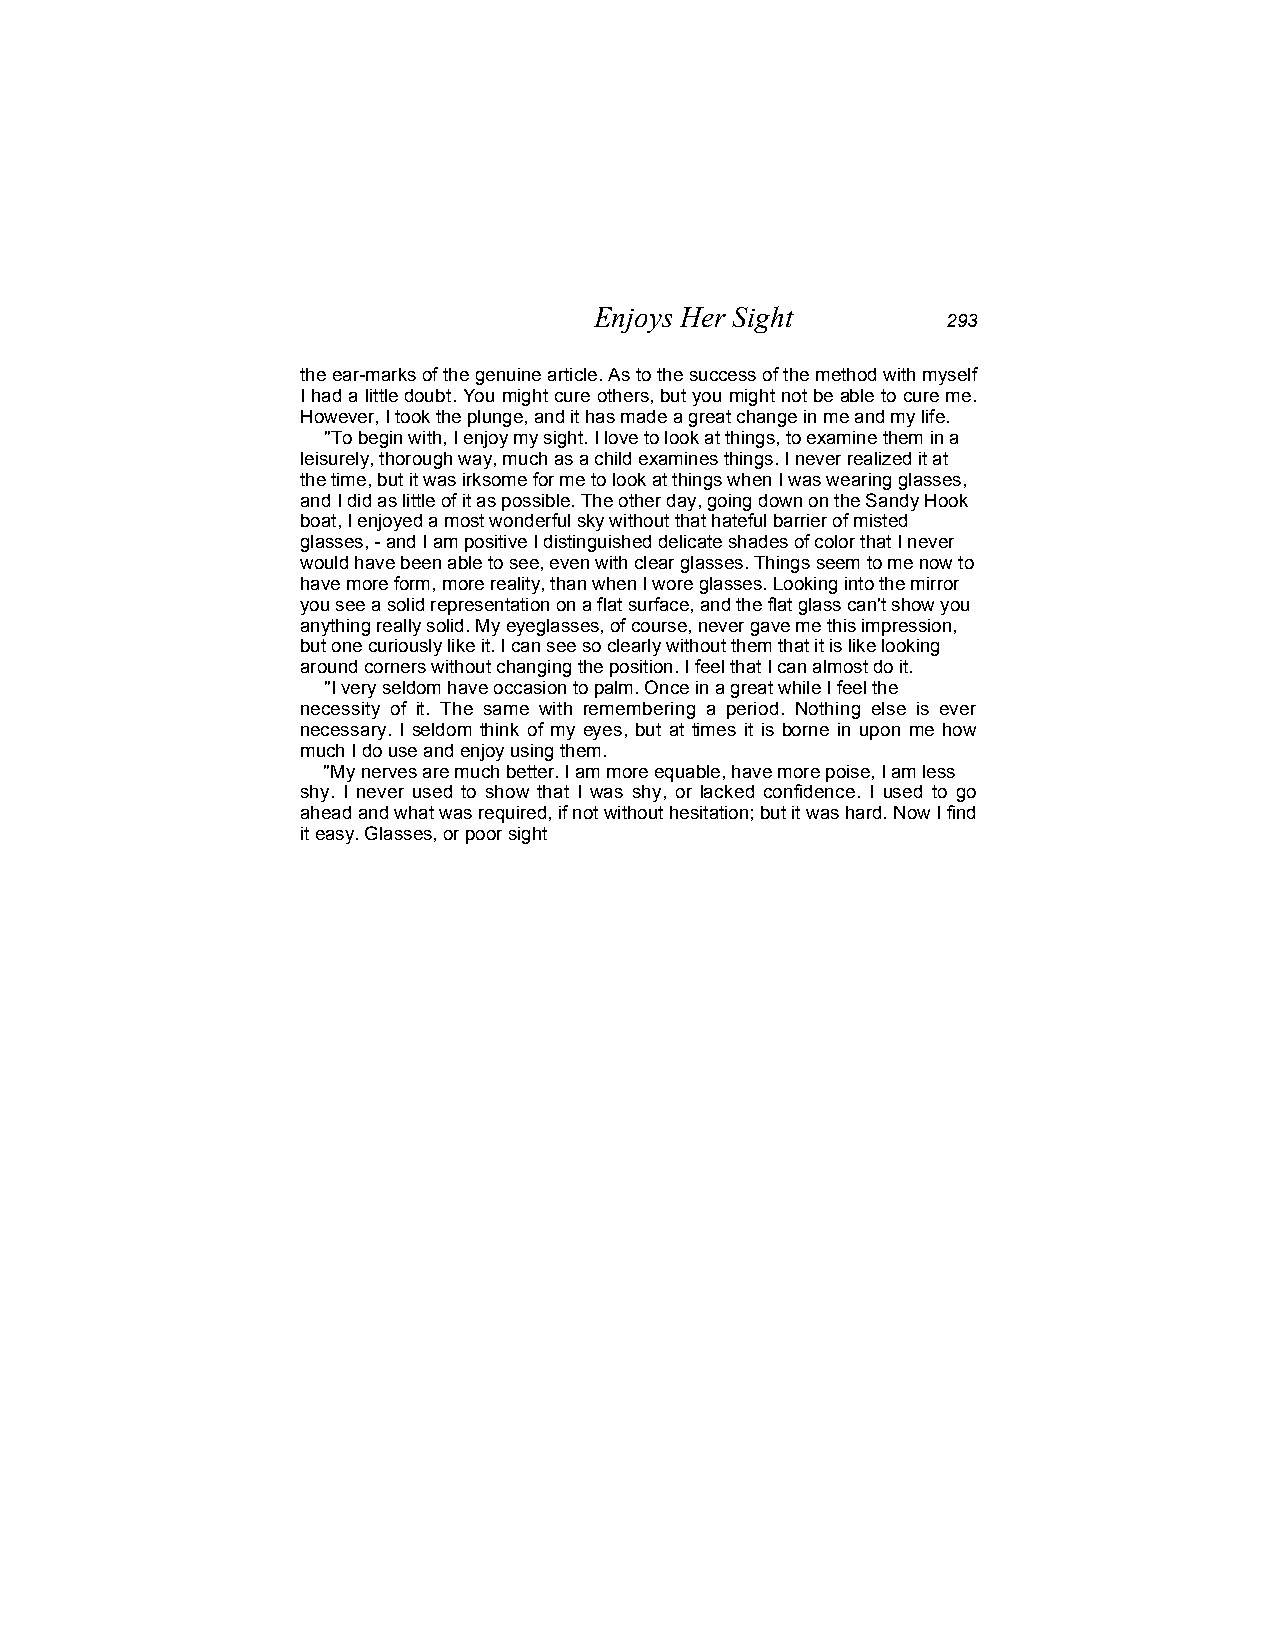
Enjoys Her Sight
 293
 the ear-marks of the genuine article. As to the success of the method with myself
 I had a little doubt. You might cure others, but you might not be able to cure me.
 However, I took the plunge, and it has made a great change in me and my life.
 "To begin with, I enjoy my sight. I love to look at things, to examine them in a
 leisurely, thorough way, much as a child examines things. I never realized it at
 the time, but it was irksome for me to look at things when I was wearing glasses,
 and I did as little of it as possible. The other day, going down on the Sandy Hook
 boat, I enjoyed a most wonderful sky without that hateful barrier of misted
 glasses, - and I am positive I distinguished delicate shades of color that I never
 would have been able to see, even with clear glasses. Things seem to me now to
 have more form, more reality, than when I wore glasses. Looking into the mirror
 you see a solid representation on a flat surface, and the flat glass can't show you
 anything really solid. My eyeglasses, of course, never gave me this impression,
 but one curiously like it. I can see so clearly without them that it is like looking
 around corners without changing the position. I feel that I can almost do it.
 "I very seldom have occasion to palm. Once in a great while I feel the
 necessity of it. The same with remembering a period. Nothing else is ever
 necessary. I seldom think of my eyes, but at times it is borne in upon me how
 much I do use and enjoy using them.
 "My nerves are much better. I am more equable, have more poise, I am less
 shy. I never used to show that I was shy, or lacked confidence. I used to go
 ahead and what was required, if not without hesitation; but it was hard. Now I find
 it easy. Glasses, or poor sight